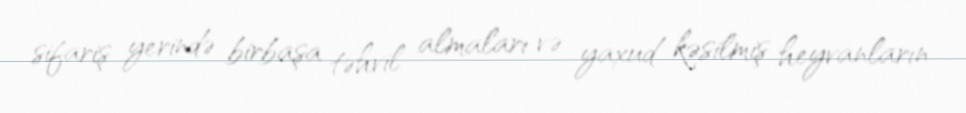
sifariş yerində birbaşa təhvil almaları və yaxud kəsilmiş heyvanların